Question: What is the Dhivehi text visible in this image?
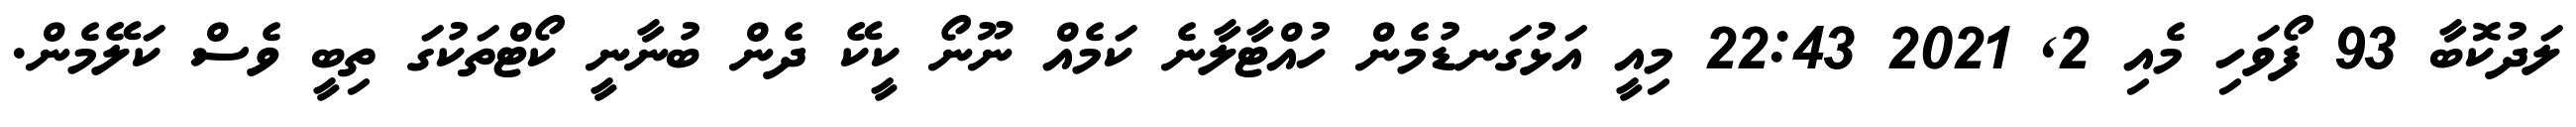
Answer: ލަދުކޮބާ 93 ފޯވަހި މެއި 2, 2021 22:43 މިއީ އަޅުގަނޑުމެން ހުއްޓާލާނެ ކަމެއް ނޫނޯ ކީކޭ ދެން ބުނާނީ ކޯޓްތަކުގަ ތިބީ ވެސް ކަލޭމެން.